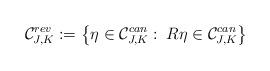
LaTeX: \begin{align*}\mathcal{C}_{J,K}^{rev}:=\left\{\eta\in\mathcal{C}^{can}_{J,K}:\:R\eta\in\mathcal{C}^{can}_{J,K}\right\}\end{align*}